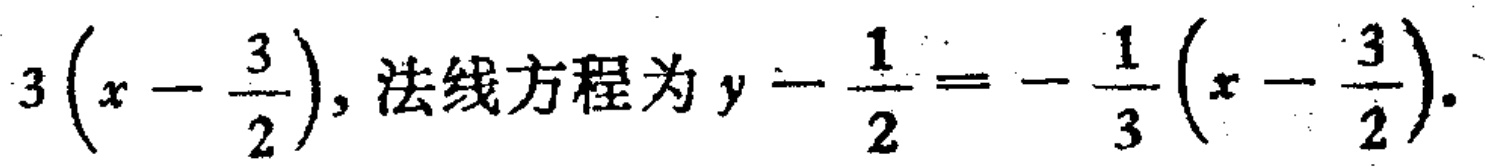
$3\left(x - \frac{3}{2}\right), 法线方程为y - \frac{1}{2} = - \frac{1}{3}\left(x - \frac{3}{2}\right).$